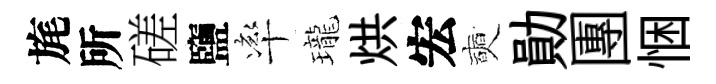
旄所磋鹽率瓏烘宏奭勛團悃